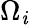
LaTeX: \Omega_{\mathit{i}}